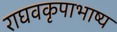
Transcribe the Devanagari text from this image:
राघवकृपाभाष्य